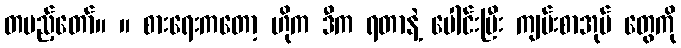
တပည့်တော်။ ။ စားရေးကတော့ ဟိုက ဒီက ရတာနဲ့ ပေါင်းပြီး ကျမ်းစာအုပ် တွေကို